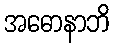
အဓောနာဘိ